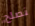
نصلح